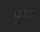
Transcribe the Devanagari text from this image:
पुर्ण्तः